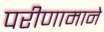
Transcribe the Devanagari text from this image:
परीणामाने